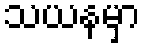
သယနမှာ